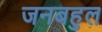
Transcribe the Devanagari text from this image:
जनबहुल